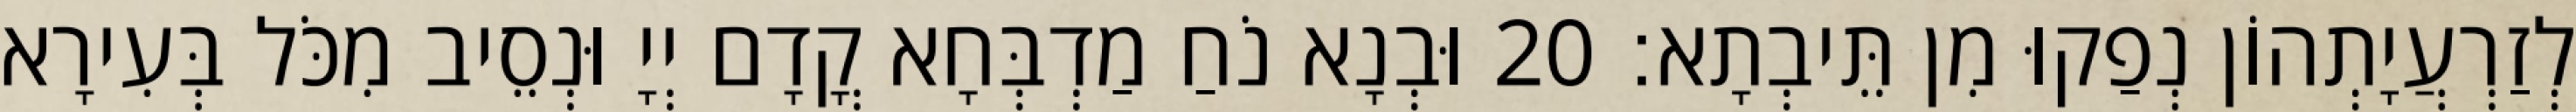
לְזַרְעֲיָתְהוֹן נְפַקוּ מִן תֵּיבְתָא׃ 20 וּבְנָא נֹחַ מַדְבְּחָא קֳדָם יְיָ וּנְסֵיב מִכֹּל בְּעִירָא